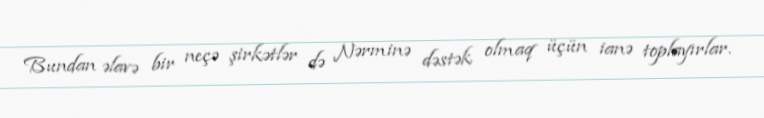
Bundan əlavə bir neçə şirkətlər də Nərminə dəstək olmaq üçün ianə toplayırlar.